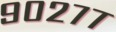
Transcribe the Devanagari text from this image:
९०२७७